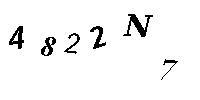
4822N7